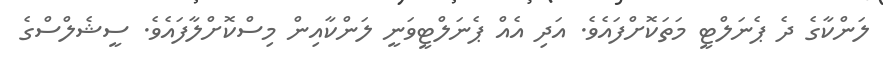
ލަންކާގެ ދެ ޕެނަލްޓީ މަތަކޮށްފައެވެ. އަދި އެއް ޕެނަލްޓީވަނީ ލަންކާއިން މިސްކޮށްލާފައެވެ. ސީޝެލްސްގެ